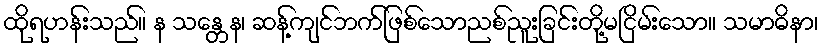
ထိုရဟန်းသည်။ န သန္တေန၊ ဆန့်ကျင်ဘက်ဖြစ်သောညစ်ညူးခြင်းတို့မငြိမ်းသော။ သမာဓိနာ၊